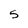
Character: 5